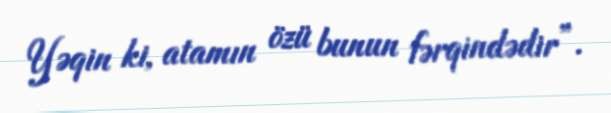
Yəqin ki, atamın özü bunun fərqindədir”.